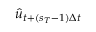
\hat { u } _ { t + ( s _ { T } - 1 ) \Delta t }